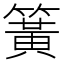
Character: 簧